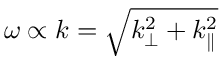
\omega \propto k = \sqrt { k _ { \perp } ^ { 2 } + k _ { \parallel } ^ { 2 } }